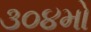
૩૦૪મો